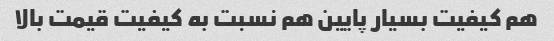
هم کیفیت بسیار پایین هم نسبت به کیفیت قیمت بالا